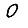
Digit: 0